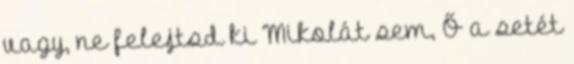
vagy, ne felejtsd ki Mikolát sem, Ő a setét